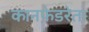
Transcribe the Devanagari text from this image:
कानफ़ेडरेता